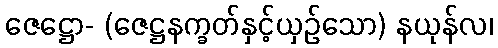
ဇေဋ္ဌော- (ဇေဋ္ဌနက္ခတ်နှင့်ယှဉ်သော) နယုန်လ၊